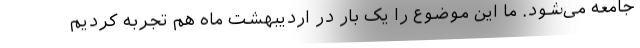
جامعه می‌شود. ما این موضوع را یک بار در اردیبهشت ماه هم تجربه کردیم